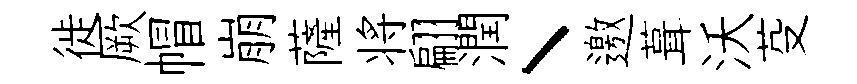
徙厥帽崩薩将翩潤丶邀葺沃芟